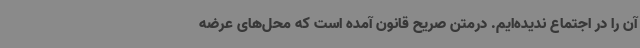
آن را در اجتماع ندیده‌ایم. درمتن صریح قانون آمده است که محل‌های عرضه